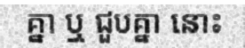
គ្នា ឬ ជួបគ្នា នោះ